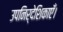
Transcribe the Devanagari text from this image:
उपनिर्देशिकाएँ।